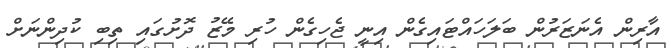
އާރިން އެނަޒަރުން ބަލަހައްޓައިގެން އިނީ ޖެހިގެން ހުރި މޭޒު ދޮށުގައި ތިބި ކުދިންނަށް